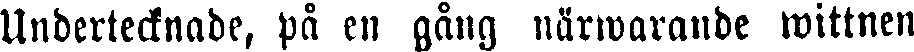
Undertecknade, på en gång närwarande wittnen